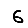
Digit: 6